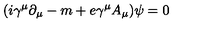
( i \gamma ^ { \mu } \partial _ { \mu } - m + e \gamma ^ { \mu } A _ { \mu } ) \psi = 0